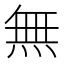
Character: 無